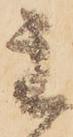
主